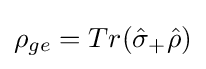
\rho _{ge}=Tr({\hat {\sigma }}_{+}{\hat {\rho }})